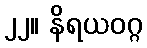
၂၂။ နိရယဝဂ္ဂ